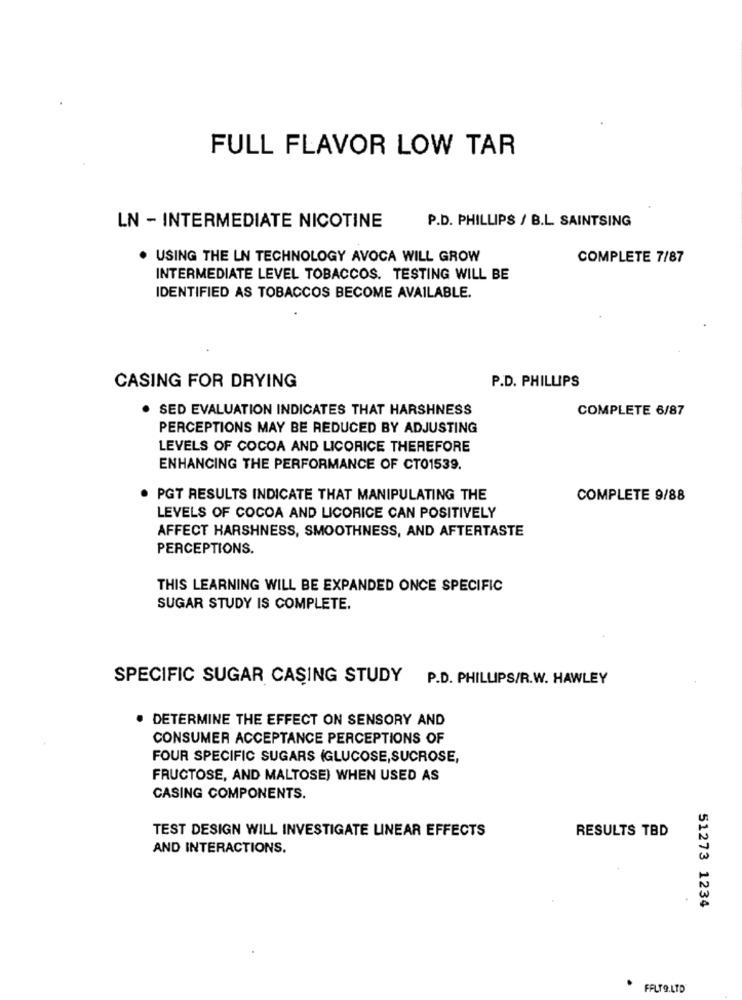
FULL FLAVOR LOW TAR
P.D. PHILLIPS / B.L SAINTSING
LN - INTERMEDIATE NICOTINE
. USING THE LN TECHNOLOGY AVOCA WILL GROW
COMPLETE 7/87
INTERMEDIATE LEVEL TOBACCOS. TESTING WILL BE
IDENTIFIED AS TOBACCOS BECOME AVAILABLE.
P.D. PHILLIPS
CASING FOR DRYING
. SED EVALUATION INDICATES THAT HARSHNESS
COMPLETE 6/87
PERCEPTIONS MAY BE REDUCED BY ADJUSTING
LEVELS OF COCOA AND LICORICE THEREFORE
ENHANCING THE PERFORMANCE OF CT01539.
. PGT RESULTS INDICATE THAT MANIPULATING THE
COMPLETE 9/88
LEVELS OF COCOA AND LICORICE CAN POSITIVELY
AFFECT HARSHNESS, SMOOTHNESS, AND AFTERTASTE
PERCEPTIONS.
THIS LEARNING WILL BE EXPANDED ONCE SPECIFIC
SUGAR STUDY IS COMPLETE.
SPECIFIC SUGAR CASING STUDY
P.D. PHILLIPS/R.W. HAWLEY
DETERMINE THE EFFECT ON SENSORY AND
CONSUMER ACCEPTANCE PERCEPTIONS OF
FOUR SPECIFIC SUGARS (GLUCOSE,SUCROSE,
FRUCTOSE, AND MALTOSE) WHEN USED AS
CASING COMPONENTS.
TEST DESIGN WILL INVESTIGATE LINEAR EFFECTS
RESULTS TBD
AND INTERACTIONS.
51273 1234
FALTO.LTD